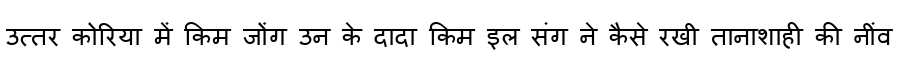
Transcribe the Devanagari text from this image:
उत्तर कोरिया में किम जोंग उन के दादा किम इल संग ने कैसे रखी तानाशाही की नींव